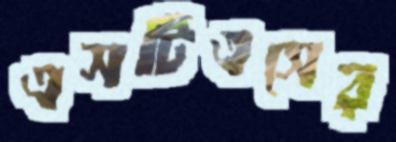
এসটিএসের